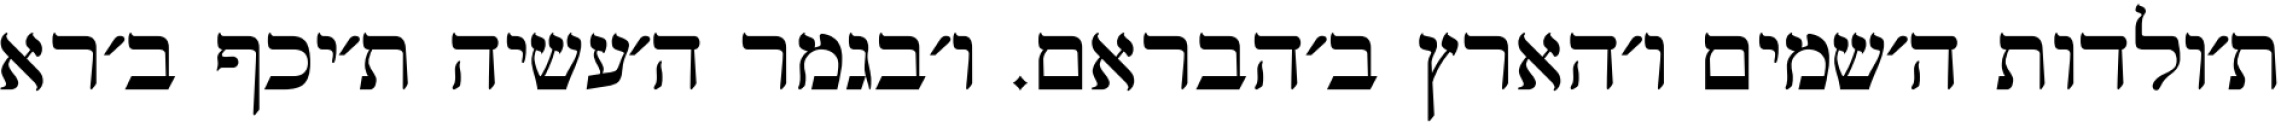
ת׳ולדות ה׳שמים ו׳הארץ ב׳הבראם. ו׳בגמר ה׳עשיה ת׳יכף ב׳רא